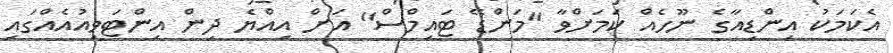
އެކަމަކު އިންޑިއާގެ ނޫހެއް ކަމަށްވާ "މަންޑޭ ޓައިމްސް" އަށް އިއްޔެ ދިން އިންޓަވިއުއެއްގައި